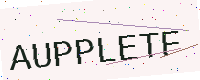
Text: AUPPLETF